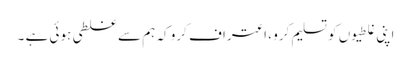
اپنی غلطیوں کو تسلیم کرو ، اعتراف کرو کہ ہم سے غلطی ہوئی ہے ۔